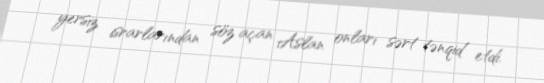
yersiz israrlarından söz açan Aslan onları sərt tənqid etdi.